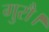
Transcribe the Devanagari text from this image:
गुरौ।